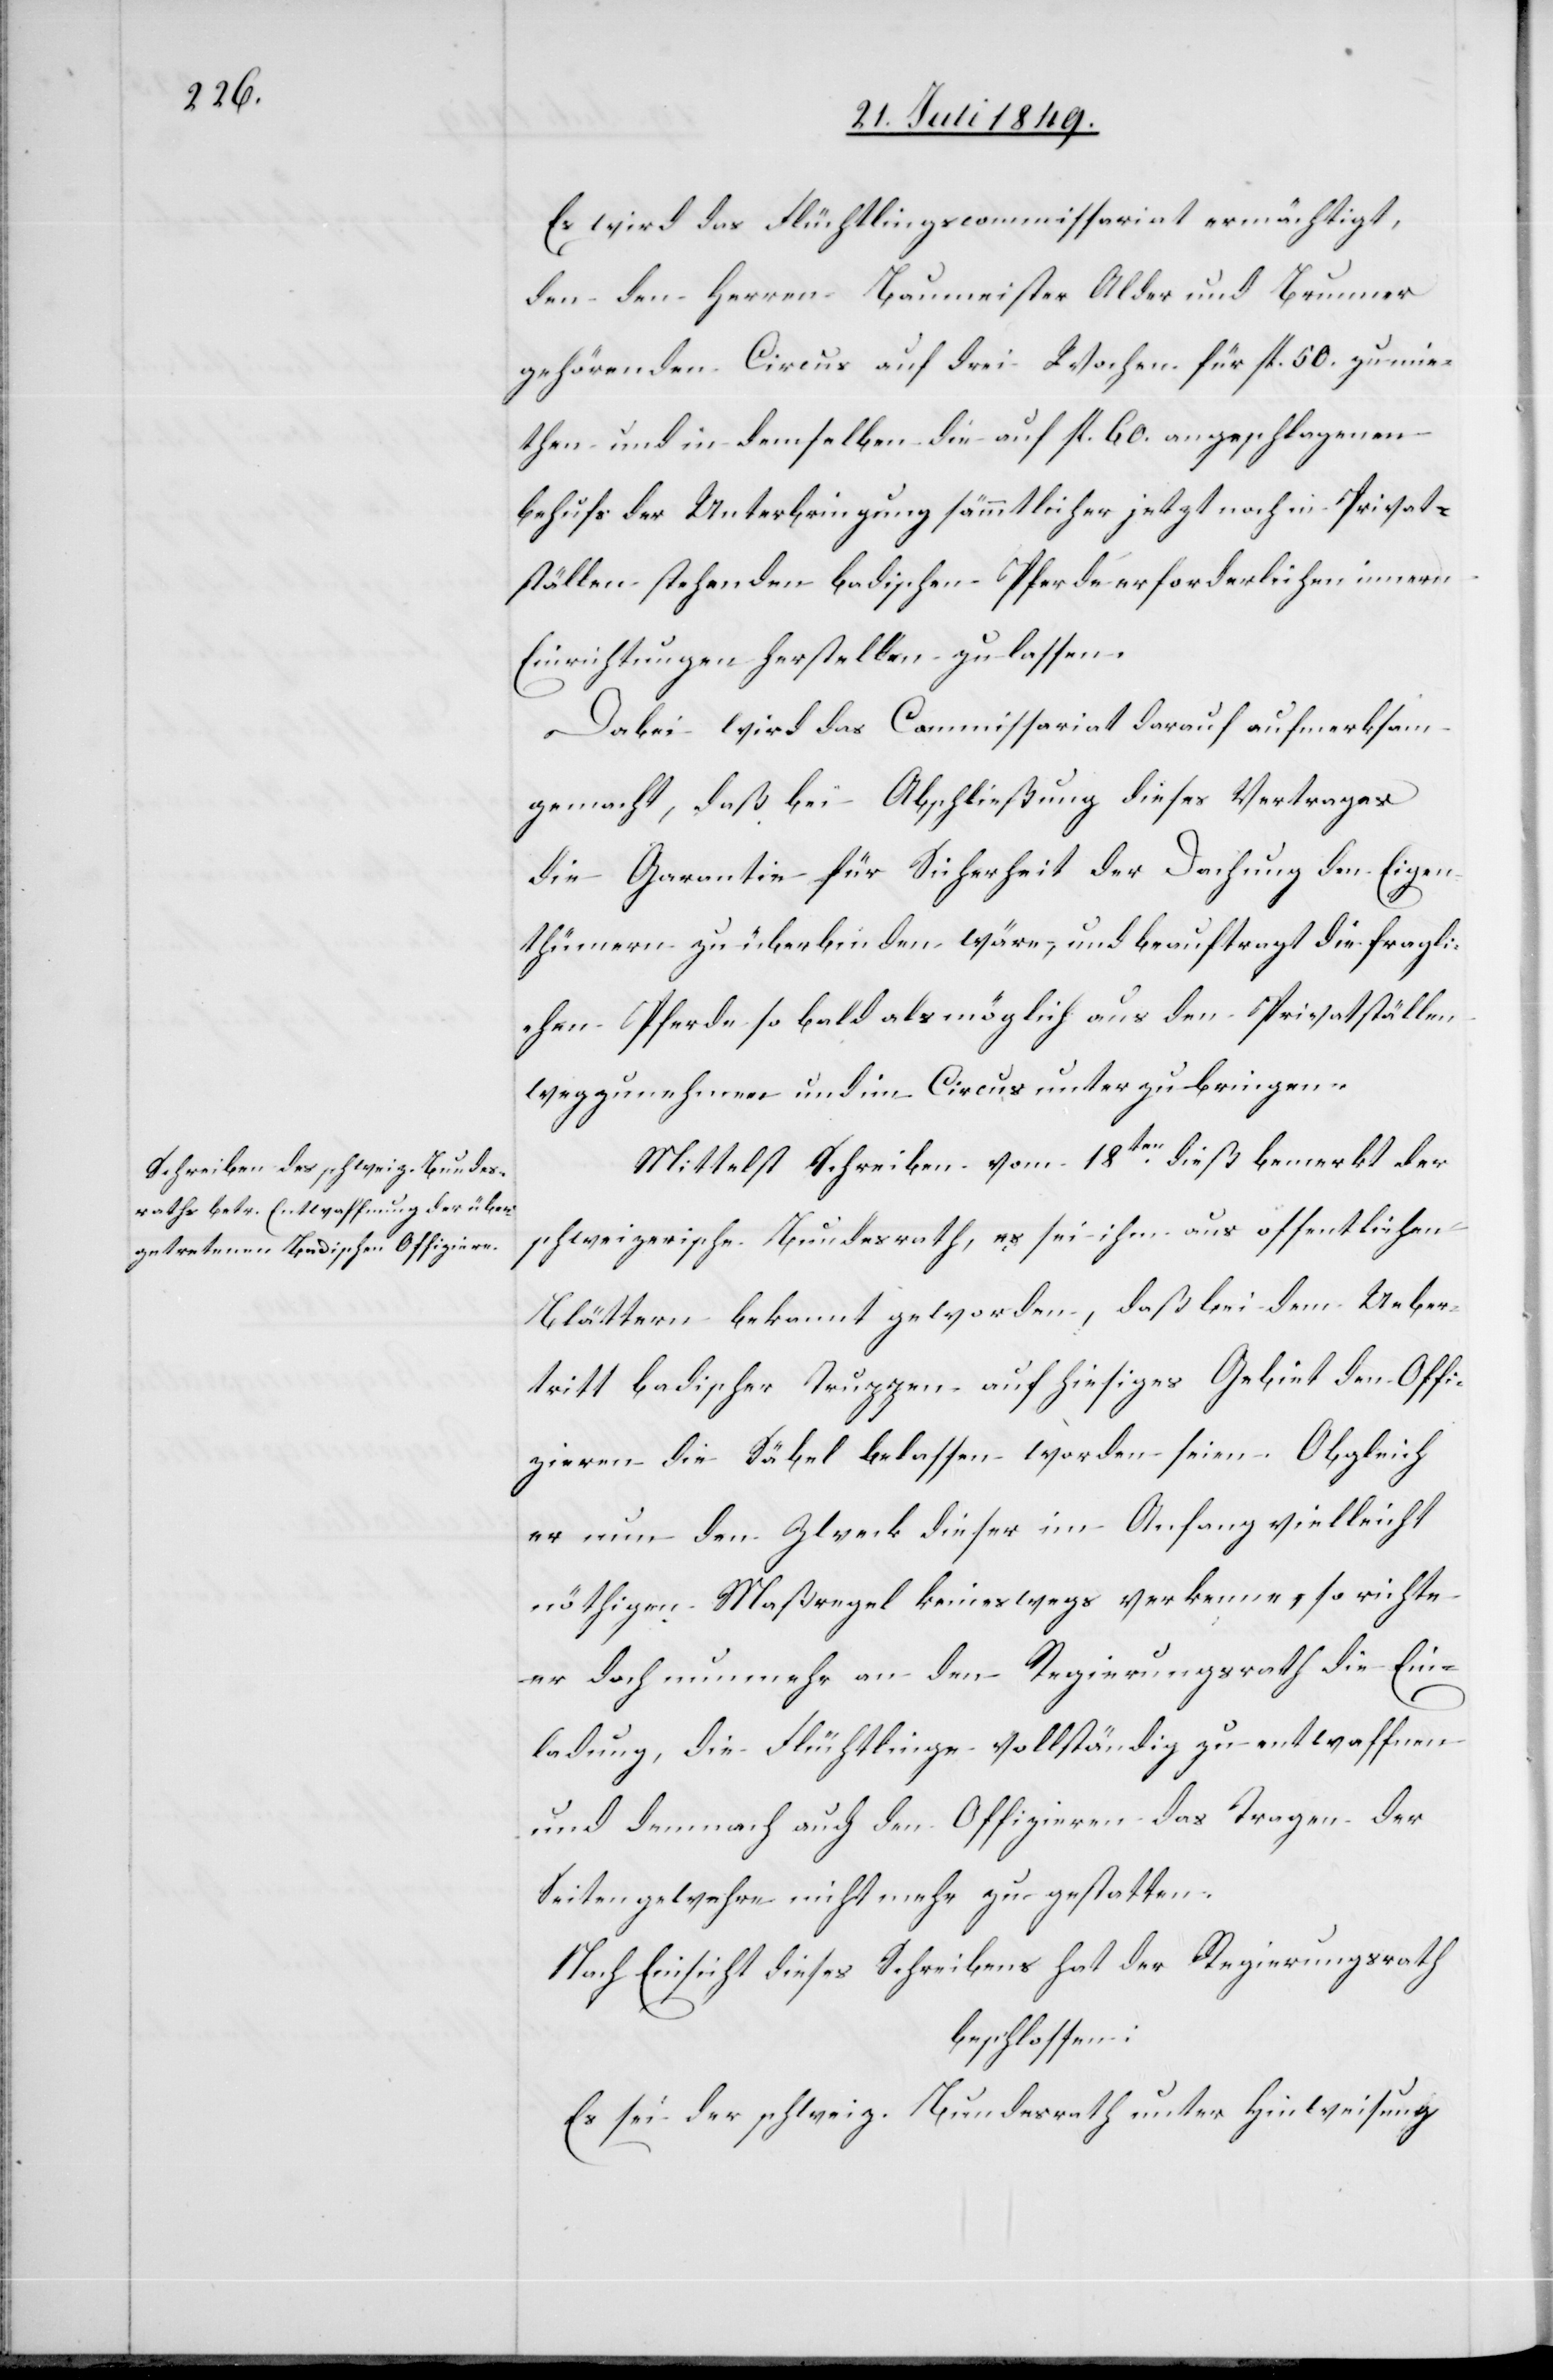
Es wird das Flüchtlingscommissariat ermächtigt,
den den Herren Baumeister Alder und Brunner
gehörenden Circus auf drei Wochen für fl. 50. zu mie¬
then und in demselben die auf fl. 60. angeschlagenen
behufs der Unterbringung sämmtlicher jetzt noch in Privat¬
ställen stehenden badischen Pferde erforderlichen innern
Einrichtungen herstellen zu lassen.
Dabei wird das Commissariat darauf aufmerksam
gemacht, daß bei Abschließung dieses Vertrages
die Garantie für Sicherheit der Dachung den Eigen¬
thümern zu überbinden wäre, undbeauftragt die fragli¬
chen Pferde so bald als möglich aus den Privatställen
wegzunehmen und im Circus unterzubringen.
Mittelst Schreiben vom 18ten dieß bemerkt der
schweizerische Bundesrath, es sei ihm aus öffentlichen
Blättern bekannt geworden, daß bei dem Ueber¬
tritt badischer Truppen auf hiesiges Gebiet den Offi¬
zieren die Säbel belassen worden seien. Obgleich
er nun den Zweck dieser im Anfang vielleicht
nöthigen Maßregel keineswegs verkenne, so richte
er doch nunmehr an den Regierungsrath die Ein¬
ladung, die Flüchtlinge vollständig zu entwaffnen
und demnach auch den Offizieren das Tragen der
Seitengewehre nicht mehr zu gestatten.
Nach Einsicht dieses Schreibens hat der Regierungsrath
beschlossen:
Es sei der schweiz. Bundesrath unter Hinweisung